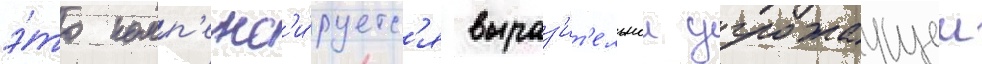
э́то комп'енс'и́руетс'я выраз'ит'ельнои угрожаущеи